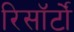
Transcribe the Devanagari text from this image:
रिसॉर्टों